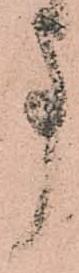
事